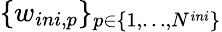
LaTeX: \{ w_{ini,p}\} _{p\in\{ 1,\dots,N^{ini}\} }